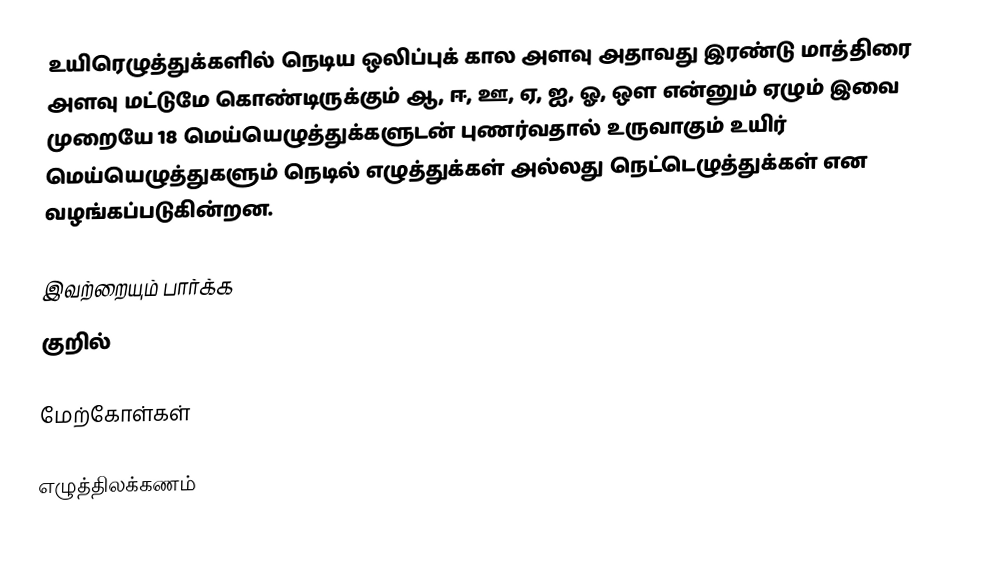
உயிரெழுத்துக்களில் நெடிய  ஒலிப்புக் கால அளவு அதாவது இரண்டு மாத்திரை அளவு மட்டுமே கொண்டிருக்கும் ஆ, ஈ, ஊ, ஏ, ஐ, ஓ, ஔ என்னும் ஏழும் இவை முறையே 18 மெய்யெழுத்துக்களுடன் புணர்வதால் உருவாகும் உயிர் மெய்யெழுத்துகளும் நெடில் எழுத்துக்கள் அல்லது நெட்டெழுத்துக்கள் என வழங்கப்படுகின்றன.

இவற்றையும் பார்க்க
 குறில்

மேற்கோள்கள்

எழுத்திலக்கணம்